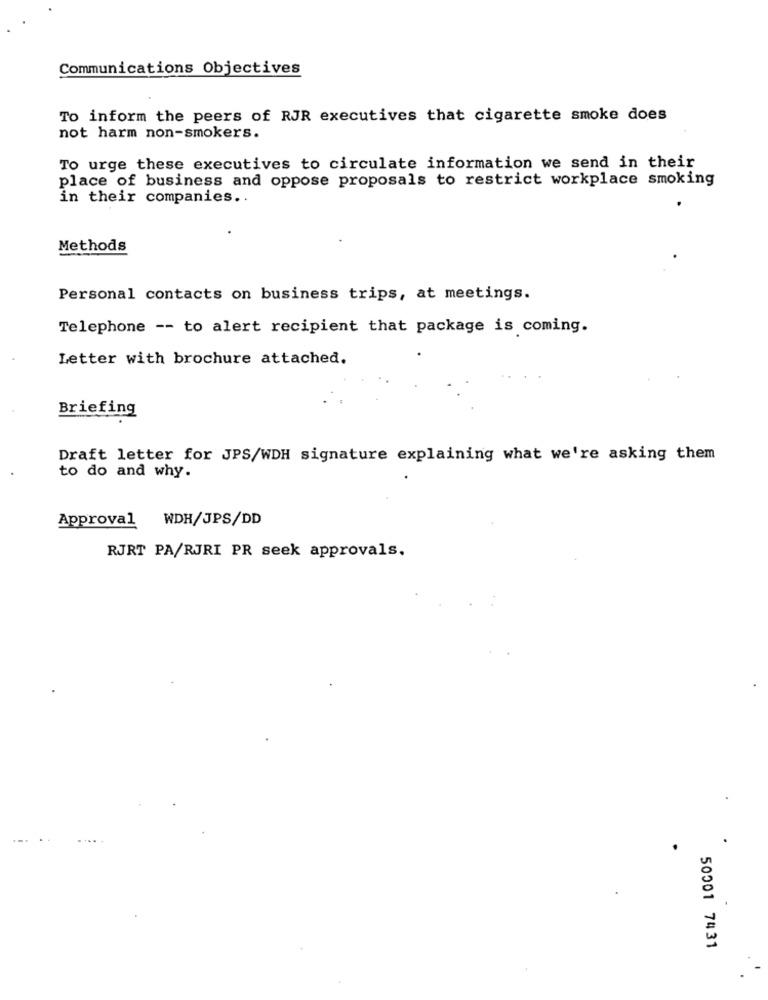
Communications Objectives
To inform the peers of RJR executives that cigarette smoke does
not harm non-smokers.
To urge these executives to circulate information we send in their
place of business and oppose proposals to restrict workplace smoking
in their companies ..
Methods
Personal contacts on business trips, at meetings.
Telephone -- to alert recipient that package is coming.
Letter with brochure attached.
Briefing
Draft letter for JPS/WDH signature explaining what we're asking them
to do and why.
WDH/JPS/DD
Approval
RJRT PA/RJRI PR seek approvals.
50001 7431